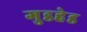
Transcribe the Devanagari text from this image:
गुडहेड